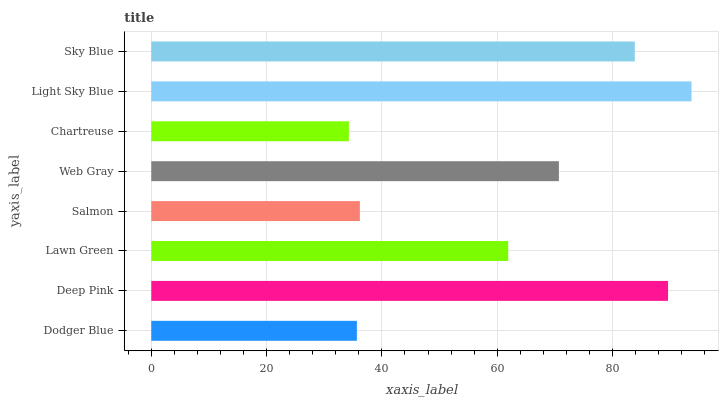
| yaxis_label | bars |
 | --- | --- |
 | Dodger Blue | 35.7 |
 | Deep Pink | 89.6 |
 | Lawn Green | 61.9 |
 | Salmon | 36.2 |
 | Web Gray | 70.7 |
 | Chartreuse | 34.3 |
 | Light Sky Blue | 93.7 |
 | Sky Blue | 83.9 |